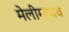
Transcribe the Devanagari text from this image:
मेलीमाधव